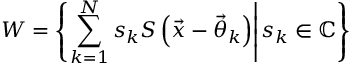
W = \left\lbrace \left. \sum _ { k = 1 } ^ { N } s _ { k } S \left( \vec { x } - \vec { \theta } _ { k } \right) \right| s _ { k } \in \mathbb { C } \right\rbrace